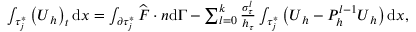
\begin{array} { r } { \int _ { \tau _ { j } ^ { * } } \left( \boldsymbol { U } _ { h } \right) _ { t } \mathrm { d } \boldsymbol { x } = \int _ { \partial \tau _ { j } ^ { * } } \widehat { \boldsymbol { F } } \cdot \boldsymbol { n } \mathrm { d } \Gamma - \sum _ { l = 0 } ^ { k } \frac { \sigma _ { \tau } ^ { l } } { h _ { \tau } } \int _ { \tau _ { j } ^ { * } } \left( \boldsymbol { U } _ { h } - P _ { h } ^ { l - 1 } \boldsymbol { U } _ { h } \right) \mathrm { d } \boldsymbol { x } , } \end{array}